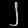
Digit: ၂